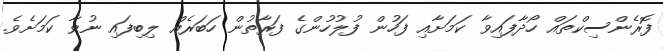
ފޮރެންސިކްތައް ހޯދާފައިވާ ކަމަށާއި ފަހުން ފުލުހުންގެ ފަރާތުން ހަބަރެއް ލިބިފައި ނުވާ ކަމަށެވެ.